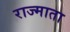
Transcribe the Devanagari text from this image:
राज्माता